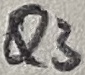
Text: Q3